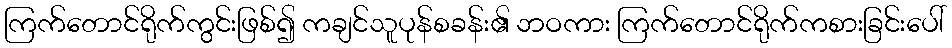
ကြက်တောင်ရိုက်ကွင်းဖြစ်၍ ကချင်သူပုန်စခန်း၏ ဘဝကား ကြက်တောင်ရိုက်ကစားခြင်းပေါ်